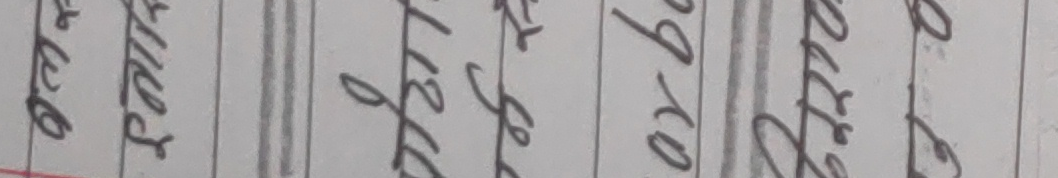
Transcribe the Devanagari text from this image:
चाहिँ तिम्रो घरको काम पनि